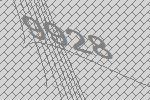
9928